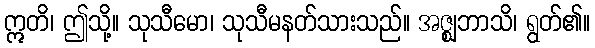
ဣတိ၊ ဤသို့။ သုသီမော၊ သုသီမနတ်သားသည်။ အဇ္ဈဘာသိ၊ ရွတ်၏။